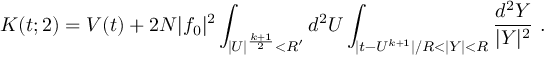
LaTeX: K ( t ; 2 ) = V ( t ) + 2 N | f _ { 0 } | ^ { 2 } \int _ { | U | ^ { \frac { k + 1 } { 2 } } < R ^ { \prime } } d ^ { 2 } U \int _ { | t - U ^ { k + 1 } | / R < | Y | < R } { \frac { d ^ { 2 } Y } { | Y | ^ { 2 } } } ~ .